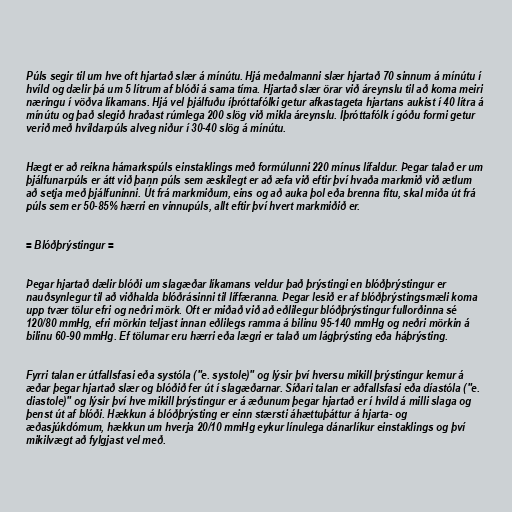
Púls segir til um hve oft hjartað slær á mínútu. Hjá meðalmanni slær hjartað 70 sinnum á mínútu í
hvíld og dælir þá um 5 lítrum af blóði á sama tíma. Hjartað slær örar við áreynslu til að koma meiri
næringu í vöðva líkamans. Hjá vel þjálfuðu íþróttafólki getur afkastageta hjartans aukist í 40 lítra á
mínútu og það slegið hraðast rúmlega 200 slög við mikla áreynslu. Íþróttafólk í góðu formi getur
verið með hvíldarpúls alveg niður í 30-40 slög á mínútu.

Hægt er að reikna hámarkspúls einstaklings með formúlunni 220 mínus lífaldur. Þegar talað er um
þjálfunarpúls er átt við þann púls sem æskilegt er að æfa við eftir því hvaða markmið við ætlum
að setja með þjálfuninni. Út frá markmiðum, eins og að auka þol eða brenna fitu, skal miða út frá
púls sem er 50-85% hærri en vinnupúls, allt eftir því hvert markmiðið er.

= Blóðþrýstingur =

Þegar hjartað dælir blóði um slagæðar líkamans veldur það þrýstingi en blóðþrýstingur er
nauðsynlegur til að viðhalda blóðrásinni til líffæranna. Þegar lesið er af blóðþrýstingsmæli koma
upp tvær tölur efri og neðri mörk. Oft er miðað við að eðlilegur blóðþrýstingur fullorðinna sé
120/80 mmHg, efri mörkin teljast innan eðlilegs ramma á bilinu 95-140 mmHg og neðri mörkin á
bilinu 60-90 mmHg. Ef tölurnar eru hærri eða lægri er talað um lágþrýsting eða háþrýsting.

Fyrri talan er útfallsfasi eða systóla ("e. systole)" og lýsir því hversu mikill þrýstingur kemur á
æðar þegar hjartað slær og blóðið fer út í slagæðarnar. Síðari talan er aðfallsfasi eða díastóla ("e.
diastole)" og lýsir því hve mikill þrýstingur er á æðunum þegar hjartað er í hvíld á milli slaga og
þenst út af blóði. Hækkun á blóðþrýsting er einn stærsti áhættuþáttur á hjarta- og
æðasjúkdómum, hækkun um hverja 20/10 mmHg eykur línulega dánarlíkur einstaklings og því
mikilvægt að fylgjast vel með.